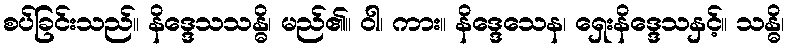
စပ်ခြင်းသည်။ နိဒ္ဒေသသန္ဓိ၊ မည်၏။ ဝါ၊ ကား။ နိဒ္ဒေသေန၊ ရှေးနိဒ္ဒေသနှင့်။ သန္ဓိ၊